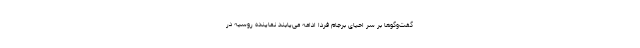
گفت‌وگوها بر سر احیای برجام فردا ادامه می‌یابند نماینده روسیه در